Report of the Indian Hemp Drugs Commission, 1894-1895 - Volume VI
Year: 1894
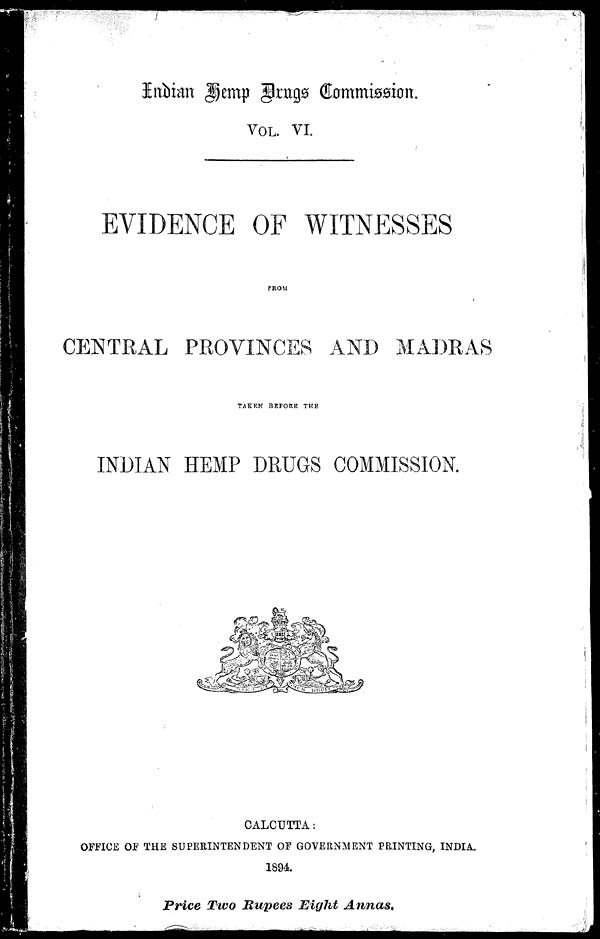
Indian Demp Drugs Commission .
VOL. VI.
EVIDENCE OF WITNESSES
FROM
CENTRAL PROVINCES AND MADRAS
TAKEN BEFORE THE
INDIAN HEMP DRUGS COMMISSION.
CALCUTTA
OFFICE OF THE SUPERINTENDENT OF GOVERNMENT PRINTING, INDIA.
1894.
Price Two Rupees Eight Annas.